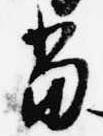
当